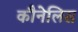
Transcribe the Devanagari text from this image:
कौनेलिस